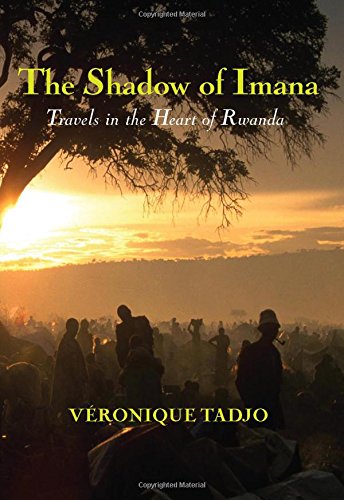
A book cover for The Shadow of Imana: Travels in the Heart of Rwanda; VÃ©ronique Tadjo; Travel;